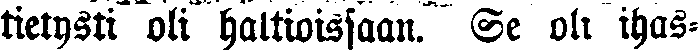
tietysti oli haltioissaan. Se oli ihas-